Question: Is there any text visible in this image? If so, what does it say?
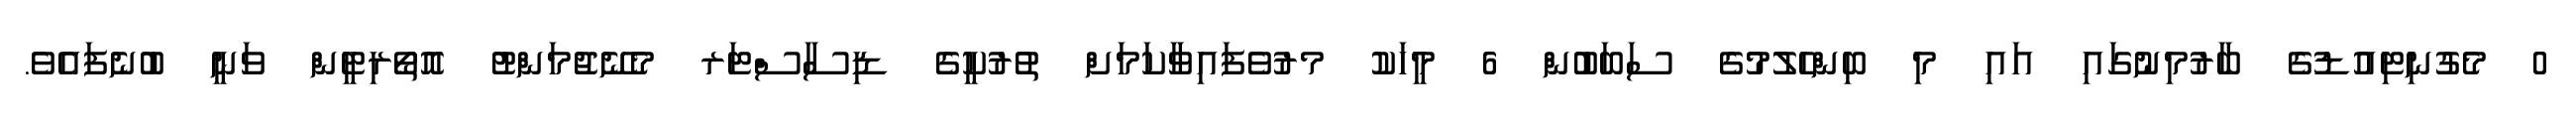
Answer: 0 މެގުނިޓިއުޑުގެ ބާރުމިނުގައި އައި މި ބިންހެލުމުގެ ސަބަބުން 6 މީހަކު މރުވެފައިވާކަމަށް ތުރުކީގެ ޑިސާސްޓަރ މެނޭޖުމަންޓު އޮތޯރިޓީން ވަނީ ބުނެފައެވެ.